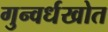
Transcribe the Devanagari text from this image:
गुन्वर्धखोत